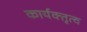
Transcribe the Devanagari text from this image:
कार्यक्तृत्व